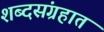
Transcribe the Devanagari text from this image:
शब्दसंग्रहात